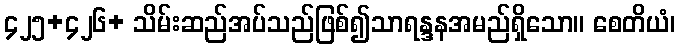
၄၂၅+၄၂၆+ သိမ်းဆည်အပ်သည်ဖြစ်၍သာရန္ဒနအမည်ရှိသော။ စေတိယံ၊